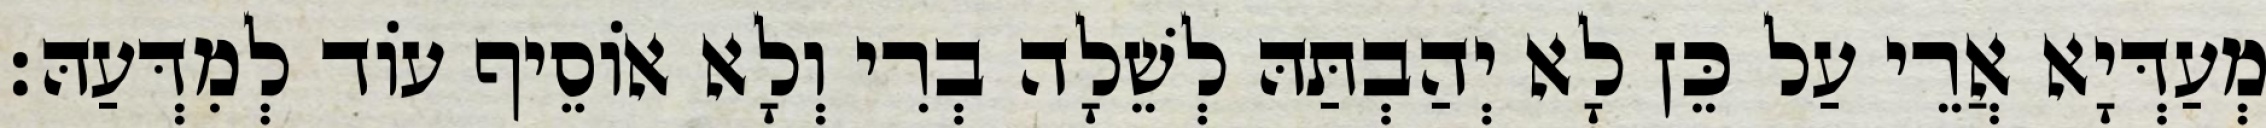
מְעַדְּיָא אֲרֵי עַל כֵּן לָא יְהַבְתַּהּ לְשֵׁלָה בְרִי וְלָא אוֹסֵיף עוֹד לְמִדְּעַהּ׃